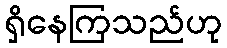
ရှိနေကြသည်ဟု